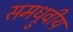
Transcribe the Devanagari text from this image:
समध्रुवीय